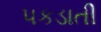
પકડાતી